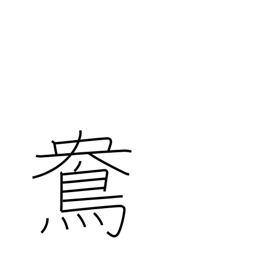
Meaning: female mandarin duck